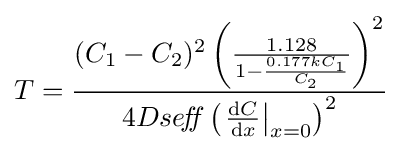
T={\frac {(C_{1}-C_{2})^{2}\left({\frac {1.128}{1-{\frac {0.177kC_{1}}{C_{2}}}}}\right)^{2}}{4Dse\!f\!\!f\left(\left.{\frac {\mathrm {d} C}{\mathrm {d} x}}\right|_{x=0}\right)^{2}}}